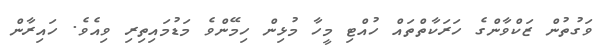
ވަގުތުން ޒަކްވާންގެ ހަރަކާތްތައް ހުއްޓި މީހާ މުޅިން ހިމޭންވެ މަޑުމައިތިރި ވިއެވެ. ހައިރާން